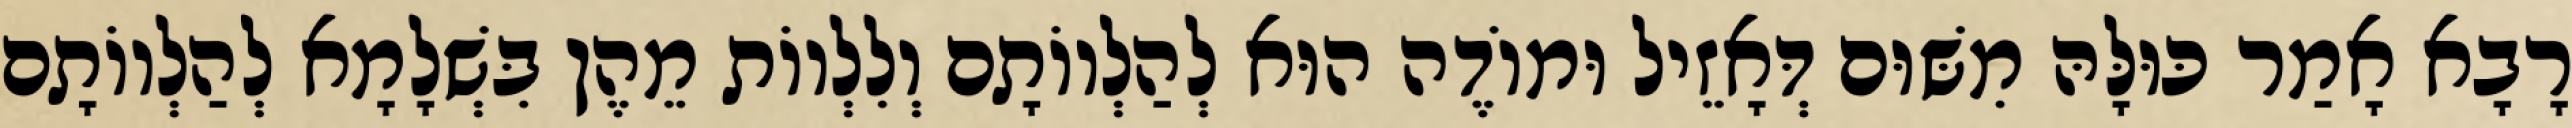
רָבָא אָמַר כּוּלָּהּ מִשּׁוּם דְּאָזֵיל וּמוֹדֶה הוּא לְהַלְווֹתָם וְלִלְווֹת מֵהֶן בִּשְׁלָמָא לְהַלְווֹתָם